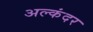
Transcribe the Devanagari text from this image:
अल्कंदर